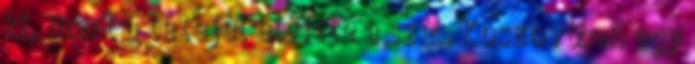
ki, mert a tetejét elvitte a szél. Koszovóban egy